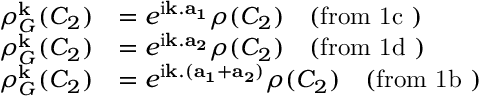
\begin{array} { r l } { \rho _ { G } ^ { \bf k } ( C _ { 2 } ) } & { = e ^ { \mathrm { i } { \bf k . a _ { 1 } } } \rho ( C _ { 2 } ) \quad \mathrm { ( f r o m ~ 1 c ~ ) } } \\ { \rho _ { G } ^ { \bf k } ( C _ { 2 } ) } & { = e ^ { \mathrm { i } { \bf k . a _ { 2 } } } \rho ( C _ { 2 } ) \quad \mathrm { ( f r o m ~ 1 d ~ ) } } \\ { \rho _ { G } ^ { \bf k } ( C _ { 2 } ) } & { = e ^ { \mathrm { i } { \bf k . ( a _ { 1 } + a _ { 2 } ) } } \rho ( C _ { 2 } ) \quad \mathrm { ( f r o m ~ 1 b ~ ) } } \end{array}